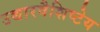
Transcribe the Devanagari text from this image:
उच्चारवैशिष्टेय